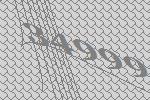
34999